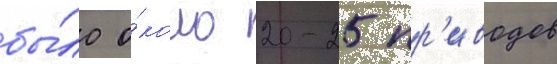
бы́ло о́коло 20-25 пр'иводов